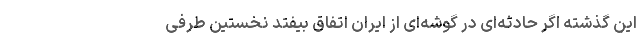
این گذشته اگر حادثه‌ای در گوشه‌ای از ایران اتفاق بیفتد نخستین طرفی